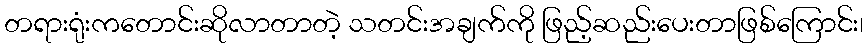
တရားရုံးကတောင်းဆိုလာတာတဲ့ သတင်းအချက်ကို ဖြည့်ဆည်းပေးတာဖြစ်ကြောင်း၊